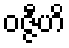
ဝဇ္ဇီဟိ